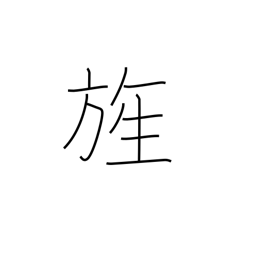
Meaning: flag